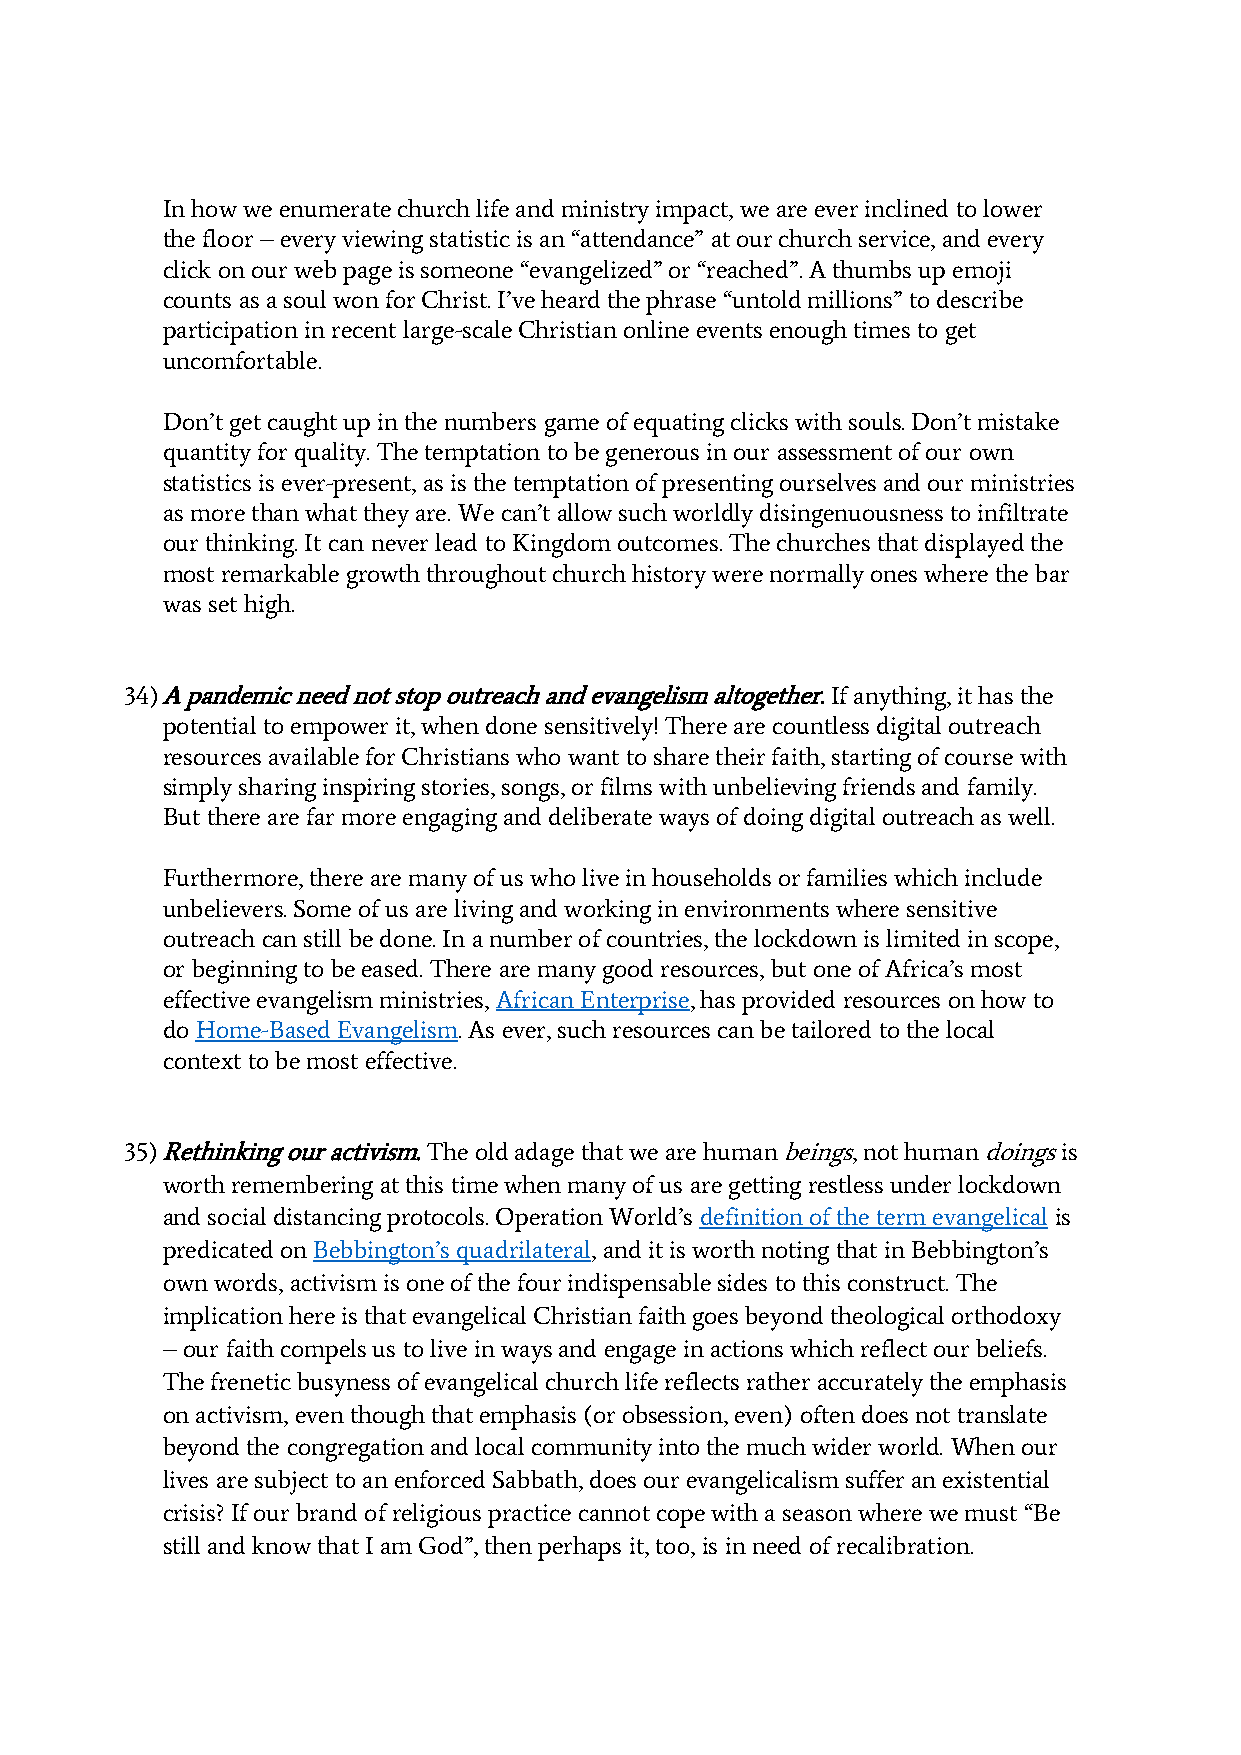
In how we enumerate church life and ministry impact, we are ever inclined to lower
 the floor – every viewing statistic is an “attendance” at our church service, and every
 click on our web page is someone “evangelized” or “reached”. A thumbs up emoji
 counts as a soul won for Christ. I’ve heard the phrase “untold millions” to describe
 participation in recent large-scale Christian online events enough times to get
 uncomfortable.
 Don’t get caught up in the numbers game of equating clicks with souls. Don’t mistake
 quantity for quality. The temptation to be generous in our assessment of our own
 statistics is ever-present, as is the temptation of presenting ourselves and our ministries
 as more than what they are. We can’t allow such worldly disingenuousness to infiltrate
 our thinking. It can never lead to Kingdom outcomes. The churches that displayed the
 most remarkable growth throughout church history were normally ones where the bar
 was set high.
 34) A pandemic need not stop outreach and evangelism altogether. If anything, it has the
 potential to empower it, when done sensitively! There are countless digital outreach
 resources available for Christians who want to share their faith, starting of course with
 simply sharing inspiring stories, songs, or films with unbelieving friends and family.
 But there are far more engaging and deliberate ways of doing digital outreach as well.
 Furthermore, there are many of us who live in households or families which include
 unbelievers. Some of us are living and working in environments where sensitive
 outreach can still be done. In a number of countries, the lockdown is limited in scope,
 or beginning to be eased. There are many good resources, but one of Africa’s most
 effective evangelism ministries, African Enterprise, has provided resources on how to
 do Home-Based Evangelism. As ever, such resources can be tailored to the local
 context to be most effective.
 35) Rethinking our activism. The old adage that we are human beings, not human doings is
 worth remembering at this time when many of us are getting restless under lockdown
 and social distancing protocols. Operation World’s definition of the term evangelical is
 predicated on Bebbington’s quadrilateral, and it is worth noting that in Bebbington’s
 own words, activism is one of the four indispensable sides to this construct. The
 implication here is that evangelical Christian faith goes beyond theological orthodoxy
 – our faith compels us to live in ways and engage in actions which reflect our beliefs.
 The frenetic busyness of evangelical church life reflects rather accurately the emphasis
 on activism, even though that emphasis (or obsession, even) often does not translate
 beyond the congregation and local community into the much wider world. When our
 lives are subject to an enforced Sabbath, does our evangelicalism suffer an existential
 crisis? If our brand of religious practice cannot cope with a season where we must “Be
 still and know that I am God”, then perhaps it, too, is in need of recalibration.